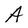
Character: A